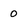
Character: 0